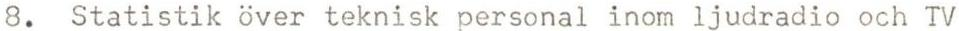
8. Statistik över teknisk personal inom ljudradio och TV